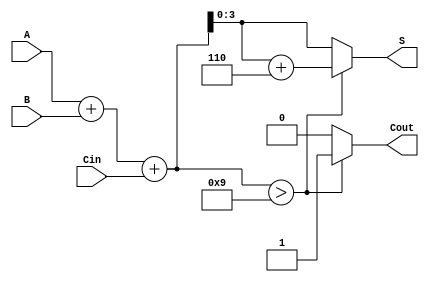
module bcd_hybrid_adder (
    input [3:0] A,    // 4-bit BCD input A
    input [3:0] B,    // 4-bit BCD input B
    input Cin,        // Carry-in
    output reg [3:0] S, // 4-bit BCD output
    output reg Cout    // Carry-out
);

    wire [4:0] Sum;   // 5-bit sum to accommodate carry
    wire correction;   // Flag for correction needed

    // Binary addition of A, B and Cin
    assign Sum = A + B + Cin;

    // Determine if correction is needed (if Sum > 9)
    assign correction = Sum > 5'd9;

    always @(*) begin
        if (correction) begin
            // Apply correction by adding 6 (0110 in binary)
            S = Sum + 5'b0110;
            Cout = 1; // Set carry-out since correction was applied
        end else begin
            S = Sum[3:0]; // Take the lower 4 bits as valid BCD
            Cout = 0; // No carry-out
        end
    end

endmodule